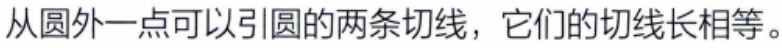
从圆外一点可以引圆的两条切线，它们的切线长相等。